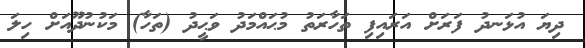
ދިޔަ އުޅަނދު ފަރަށް އަރައިފި ތަހާރަތު މުޙައްމަދު ވަޙީދު (ތަހާ) މަކުނުދޫއަށް ހިލަ